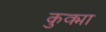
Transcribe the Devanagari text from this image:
कुक्मा